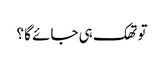
تو تھک ہی جائے گا ؟